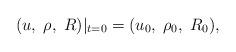
LaTeX: \begin{align*}(u,\;\rho,\;R)|_{t=0}=(u_0,\;\rho_0,\;R_0),\end{align*}